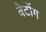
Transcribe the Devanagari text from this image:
बेटोंग